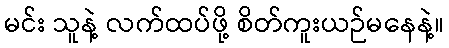
မင်း သူနဲ့ လက်ထပ်ဖို့ စိတ်ကူးယဉ်မနေနဲ့။